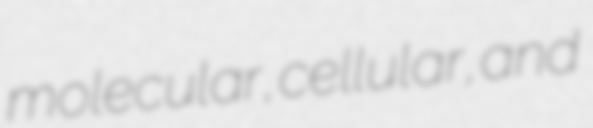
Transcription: molecular, cellular, and